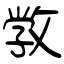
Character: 敩